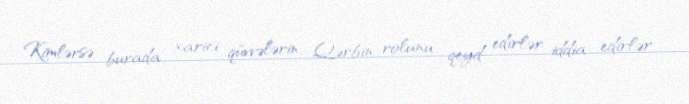
Kimlərsə burada xarici qüvvələrin, Qərbin rolunu qeyd edirlər, iddia edirlər